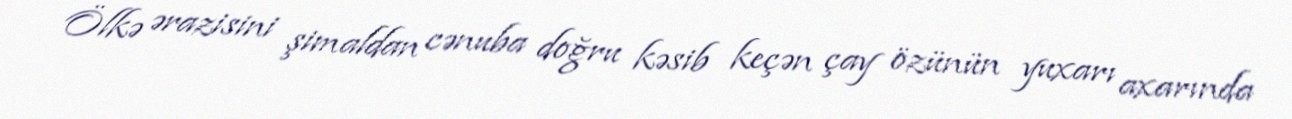
Ölkə ərazisini şimaldan cənuba doğru kəsib keçən çay özünün yuxarı axarında